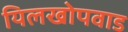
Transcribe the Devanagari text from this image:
यिलखोपवाड